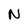
Character: N